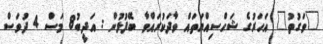
"ވަގުތު" އަހަރުގެ ޝަހްސިއްޔަތައް ވާދަކުރައްވާ ބޭފުޅުން : އަދީބު8 މަސް 4 ދުވަސް